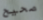
صحيح